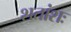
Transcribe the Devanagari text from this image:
शतांशः